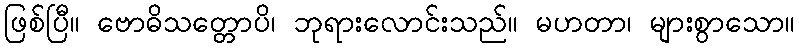
ဖြစ်ပြီ။ ဗောဓိသတ္တောပိ၊ ဘုရားလောင်းသည်။ မဟတာ၊ များစွာသော။